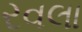
રવલા